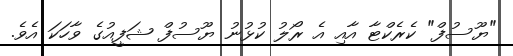
"ޔޫސުފް" ކެރެކްޓާ އާއި އެ ރޯލު ކުޅުނު ޔޫސުފް ޝަފީއުގެ ވާހަކަ އެވެ.